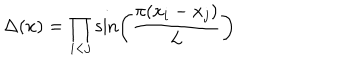
LaTeX: \Delta ( x ) = \prod _ { i < j } \sin \left( { \frac { \pi ( x _ { i } - x _ { j } ) } { L } } \right)